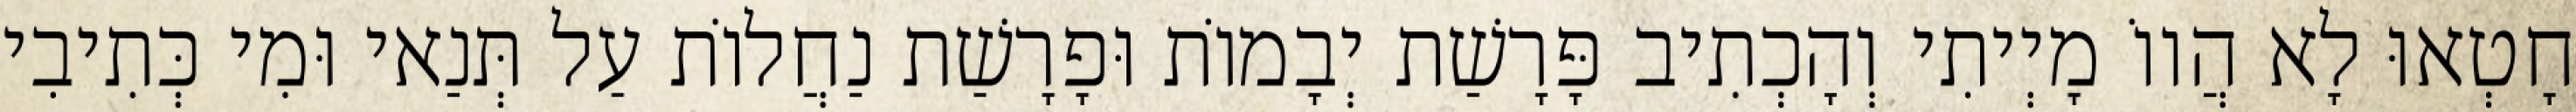
חָטְאוּ לָא הֲווֹ מָיְיתִי וְהָכְתִיב פָּרָשַׁת יְבָמוֹת וּפָרָשַׁת נַחֲלוֹת עַל תְּנַאי וּמִי כְּתִיבִי